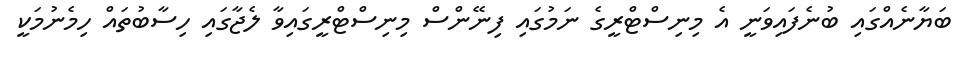
ބަޔާނެއްގައި ބުނެފައިވަނީ އެ މިނިސްޓްރީގެ ނަމުގައި ފިނޭންސް މިނިސްޓްރީގައިވާ ލެޖާގައި ހިސާބުތައް ހިމެނުމަކީ